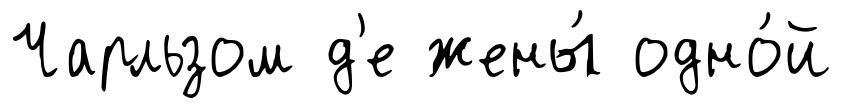
Чарльзом д'е жены́ одно́й